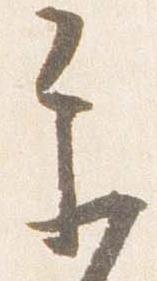
参